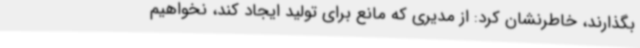
بگذارند، خاطرنشان کرد: از مدیری که مانع برای تولید ایجاد کند، نخواهیم